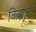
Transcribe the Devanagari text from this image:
जिल्ह्यासठी